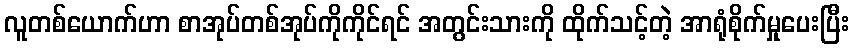
လူတစ်ယောက်ဟာ စာအုပ်တစ်အုပ်ကိုကိုင်ရင် အတွင်းသားကို ထိုက်သင့်တဲ့ အာရုံစိုက်မှုပေးပြီး